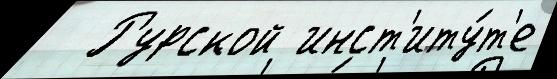
  Рурской инст'иту́т'е